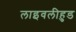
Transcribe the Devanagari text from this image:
लाइवलीहुड